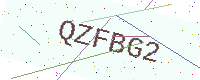
Text: QZFBG2